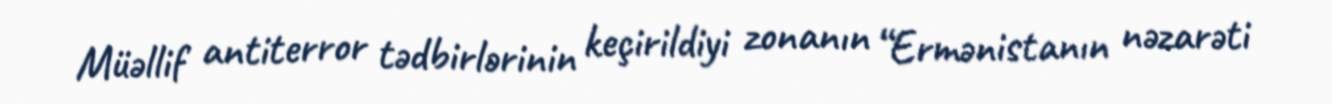
Müəllif antiterror tədbirlərinin keçirildiyi zonanın “Ermənistanın nəzarəti